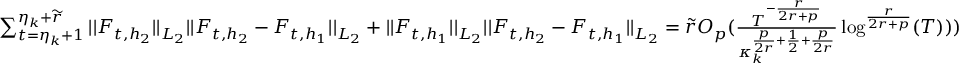
\begin{array} { r } { \sum _ { t = \eta _ { k } + 1 } ^ { \eta _ { k } + \widetilde { r } } \vert \vert F _ { t , h _ { 2 } } \vert \vert _ { L _ { 2 } } \vert \vert F _ { t , h _ { 2 } } - F _ { t , h _ { 1 } } \vert \vert _ { L _ { 2 } } + \vert \vert F _ { t , h _ { 1 } } \vert \vert _ { L _ { 2 } } \vert \vert F _ { t , h _ { 2 } } - F _ { t , h _ { 1 } } \vert \vert _ { L _ { 2 } } = \widetilde { r } O _ { p } ( \frac { T ^ { - \frac { r } { 2 r + p } } } { \kappa _ { k } ^ { \frac { p } { 2 r } + \frac { 1 } { 2 } + \frac { p } { 2 r } } } \log ^ { \frac { r } { 2 r + p } } ( T ) ) ) } \end{array}